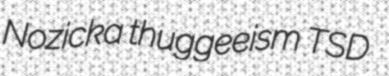
Nozicka thuggeeism TSD